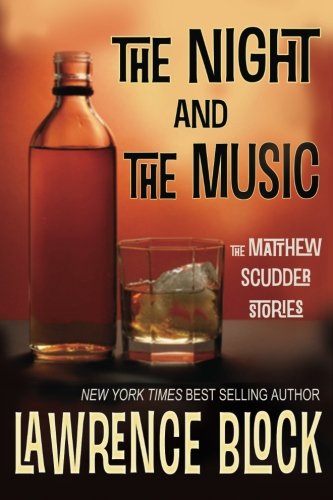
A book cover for The Night and the Music (Matthew Scudder); Lawrence Block; Mystery, Thriller & Suspense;